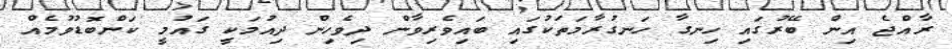
ރާއްޖެ އިން ބޭރުގައި ހިނގާ ހަނގުރާމަތަކުގައި ބައިވެރިވާން ދިވެހިން ދިއުމަކީ ގައުމީ ކަންބޮޑުވުމެއް